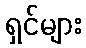
ရှင်များ